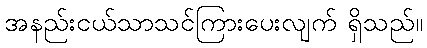
အနည်းငယ်သာသင်ကြားပေးလျက် ရှိသည်။